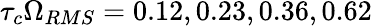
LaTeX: \tau_{c}\Omega_{RMS}=0.12,0.23,0.36,0.62